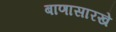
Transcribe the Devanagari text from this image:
बाणासारखे